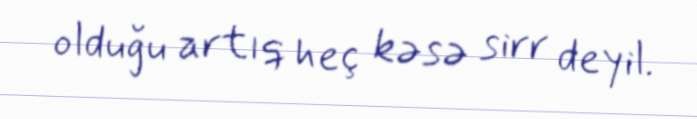
olduğu artıq heç kəsə sirr deyil.